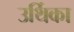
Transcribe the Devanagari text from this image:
उर्थिका